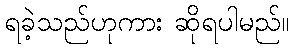
ရခဲ့သည်ဟုကား ဆိုရပါမည်။